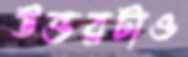
উত্তরটাও